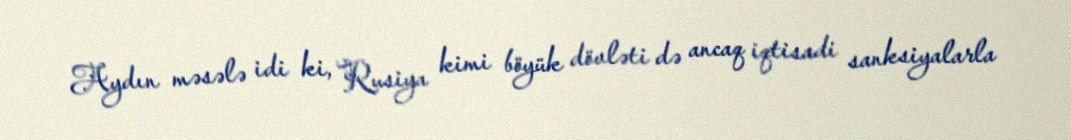
Aydın məsələ idi ki, Rusiya kimi böyük dövləti də ancaq iqtisadi sanksiyalarla